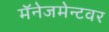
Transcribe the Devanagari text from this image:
मॅनेजमेन्टवर